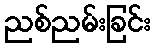
ညစ်ညမ်းခြင်း